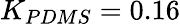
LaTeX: K_{PDMS}=0.16